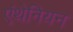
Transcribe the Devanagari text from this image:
एंथेनियन